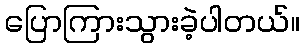
ပြောကြားသွားခဲ့ပါတယ်။